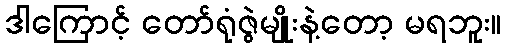
ဒါကြောင့် တော်ရုံဇွဲမျိုးနဲ့တော့ မရဘူး။